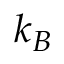
k _ { B }